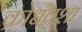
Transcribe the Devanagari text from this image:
क्रोधवशा